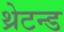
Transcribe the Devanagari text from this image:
थ्रेटन्ड